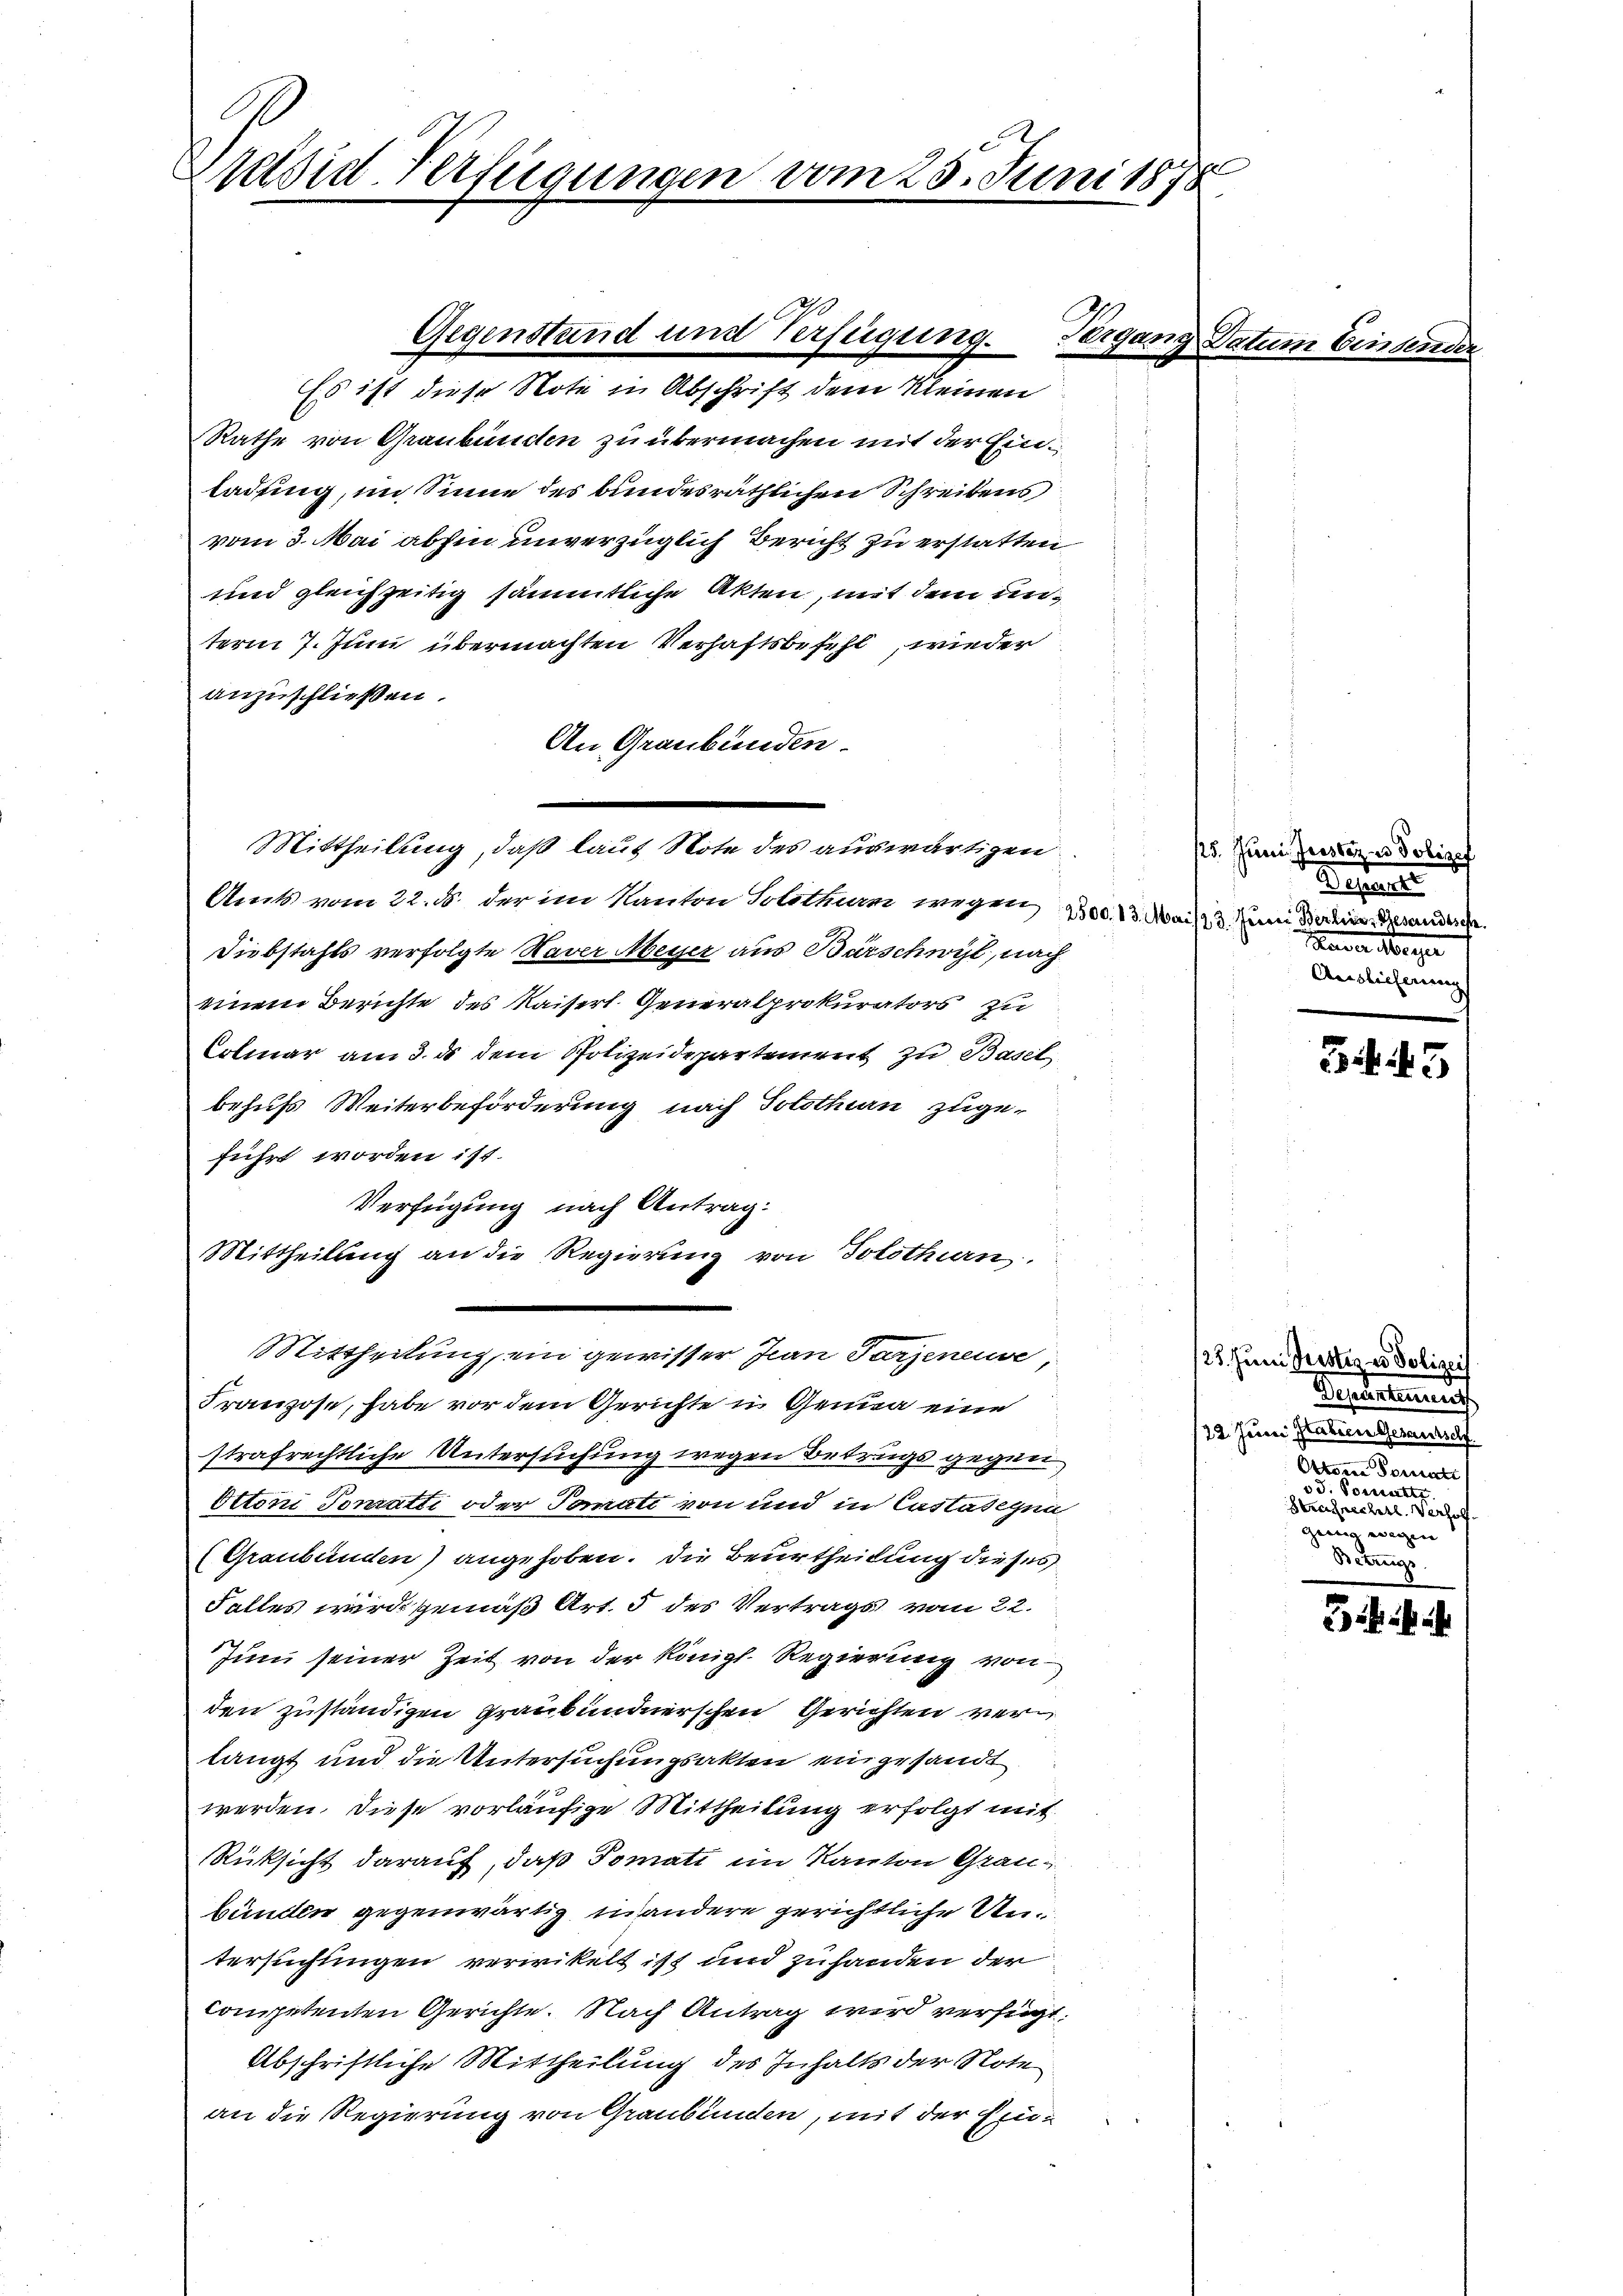
rasid-Verfügungen

Es ist diese Note in Abschrift dem Kleinen
Rathe von Graubünden zu übermachen mit der Einladung, im Sinne des bundesräthlichen Schreibens
vom 3. Mai abhin unverzüglich Bericht zu erstatten
und gleichzeitig sämmtliche Akten, mit dem unterm 7. Juni übermachten Verhaftsbefehl, wieder
anzuschließen.
An Graubünden.
Amts vom 22. ds. der im Kanton Solothurm wegen 2300. 13. Mai 13. Juni Berline Gesandtsche
Diebstahls verfolgte Naver Meyer aus Barschwyl, nach
einem Berichte des Kaiserl. Generalprokurators zu
Colmar am 3. ds dem Polizeidepartement zu Basel,
behufs Weiterbeförderung nach Solothurn zuge-
führt worden ist.
Verfügung nach Antrag:
Mittheilung an die Regierung von Solothurn.
Mittheilung, ein gewisser Jean Parzeneise,
Franzose, habe vor dem Gerichte u. Genua eine
strafrechtliche Untersuchung wegen Betrugs gegen
Ottoni Sonratti oder Tomati von und in Castasigen
(Graubünden) angehoben. Die Beurtheilung dieses
Falles wird gemäß Art. 5 des Vertrags vom 22.
Juni seiner Zeit von der Königl. Regierung von
den zuständigen Graubündnerschen Gerichten verlangt und die Untersuchungsakten eingesandt
werden. Diese vorläufige Mittheilung erfolgt mit
Rüksicht darauf, daß Tomati im Kanton Graubünden gegenwärtig in andere gerichtliche Antersuchungen verwikelt ist und zuhanden der
competenten Gerichte. Nach Antrag wird verfügt:
Abschriftliche Mittheilung des Inhalts der Note
an die Regierung von Graubünden, mit der Ein¬

Gegenstand und Verfügung. Pergar

Mittheilung, daß laut Note des auswärtigen.

f
vom 25. Juni 1878.

125. Juni Justiz u. Polizef
Destelle
aver Morge
Auslieferung

B 45

125. Juni Justiz u. Polizei
Desidentement
122. Juni Graben Genannt
Ottome Tomati
55. Vorsterste
Strechneckerl. Verhol
ze
Bebungs